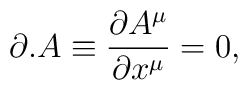
\partial.A\equiv\frac{\partial A^{\mu}}{\partial x^{\mu}}=0,